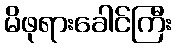
မိဖုရားခေါင်ကြီး